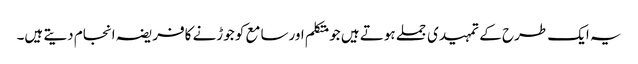
یہ ایک طرح کے تمہیدی جملے ہوتے ہیں جومتکلم اورسامع کو جوڑنے کافریضہ انجام دیتے ہیں۔